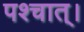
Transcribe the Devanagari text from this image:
पश्चात्‌।